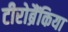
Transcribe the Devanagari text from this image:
टीरोब्रैंकिया